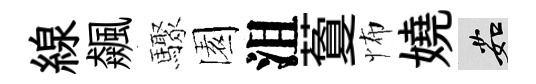
線飆驟園沮藑怖嬈茹